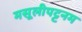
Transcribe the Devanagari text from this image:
मसूलीपट्टनम